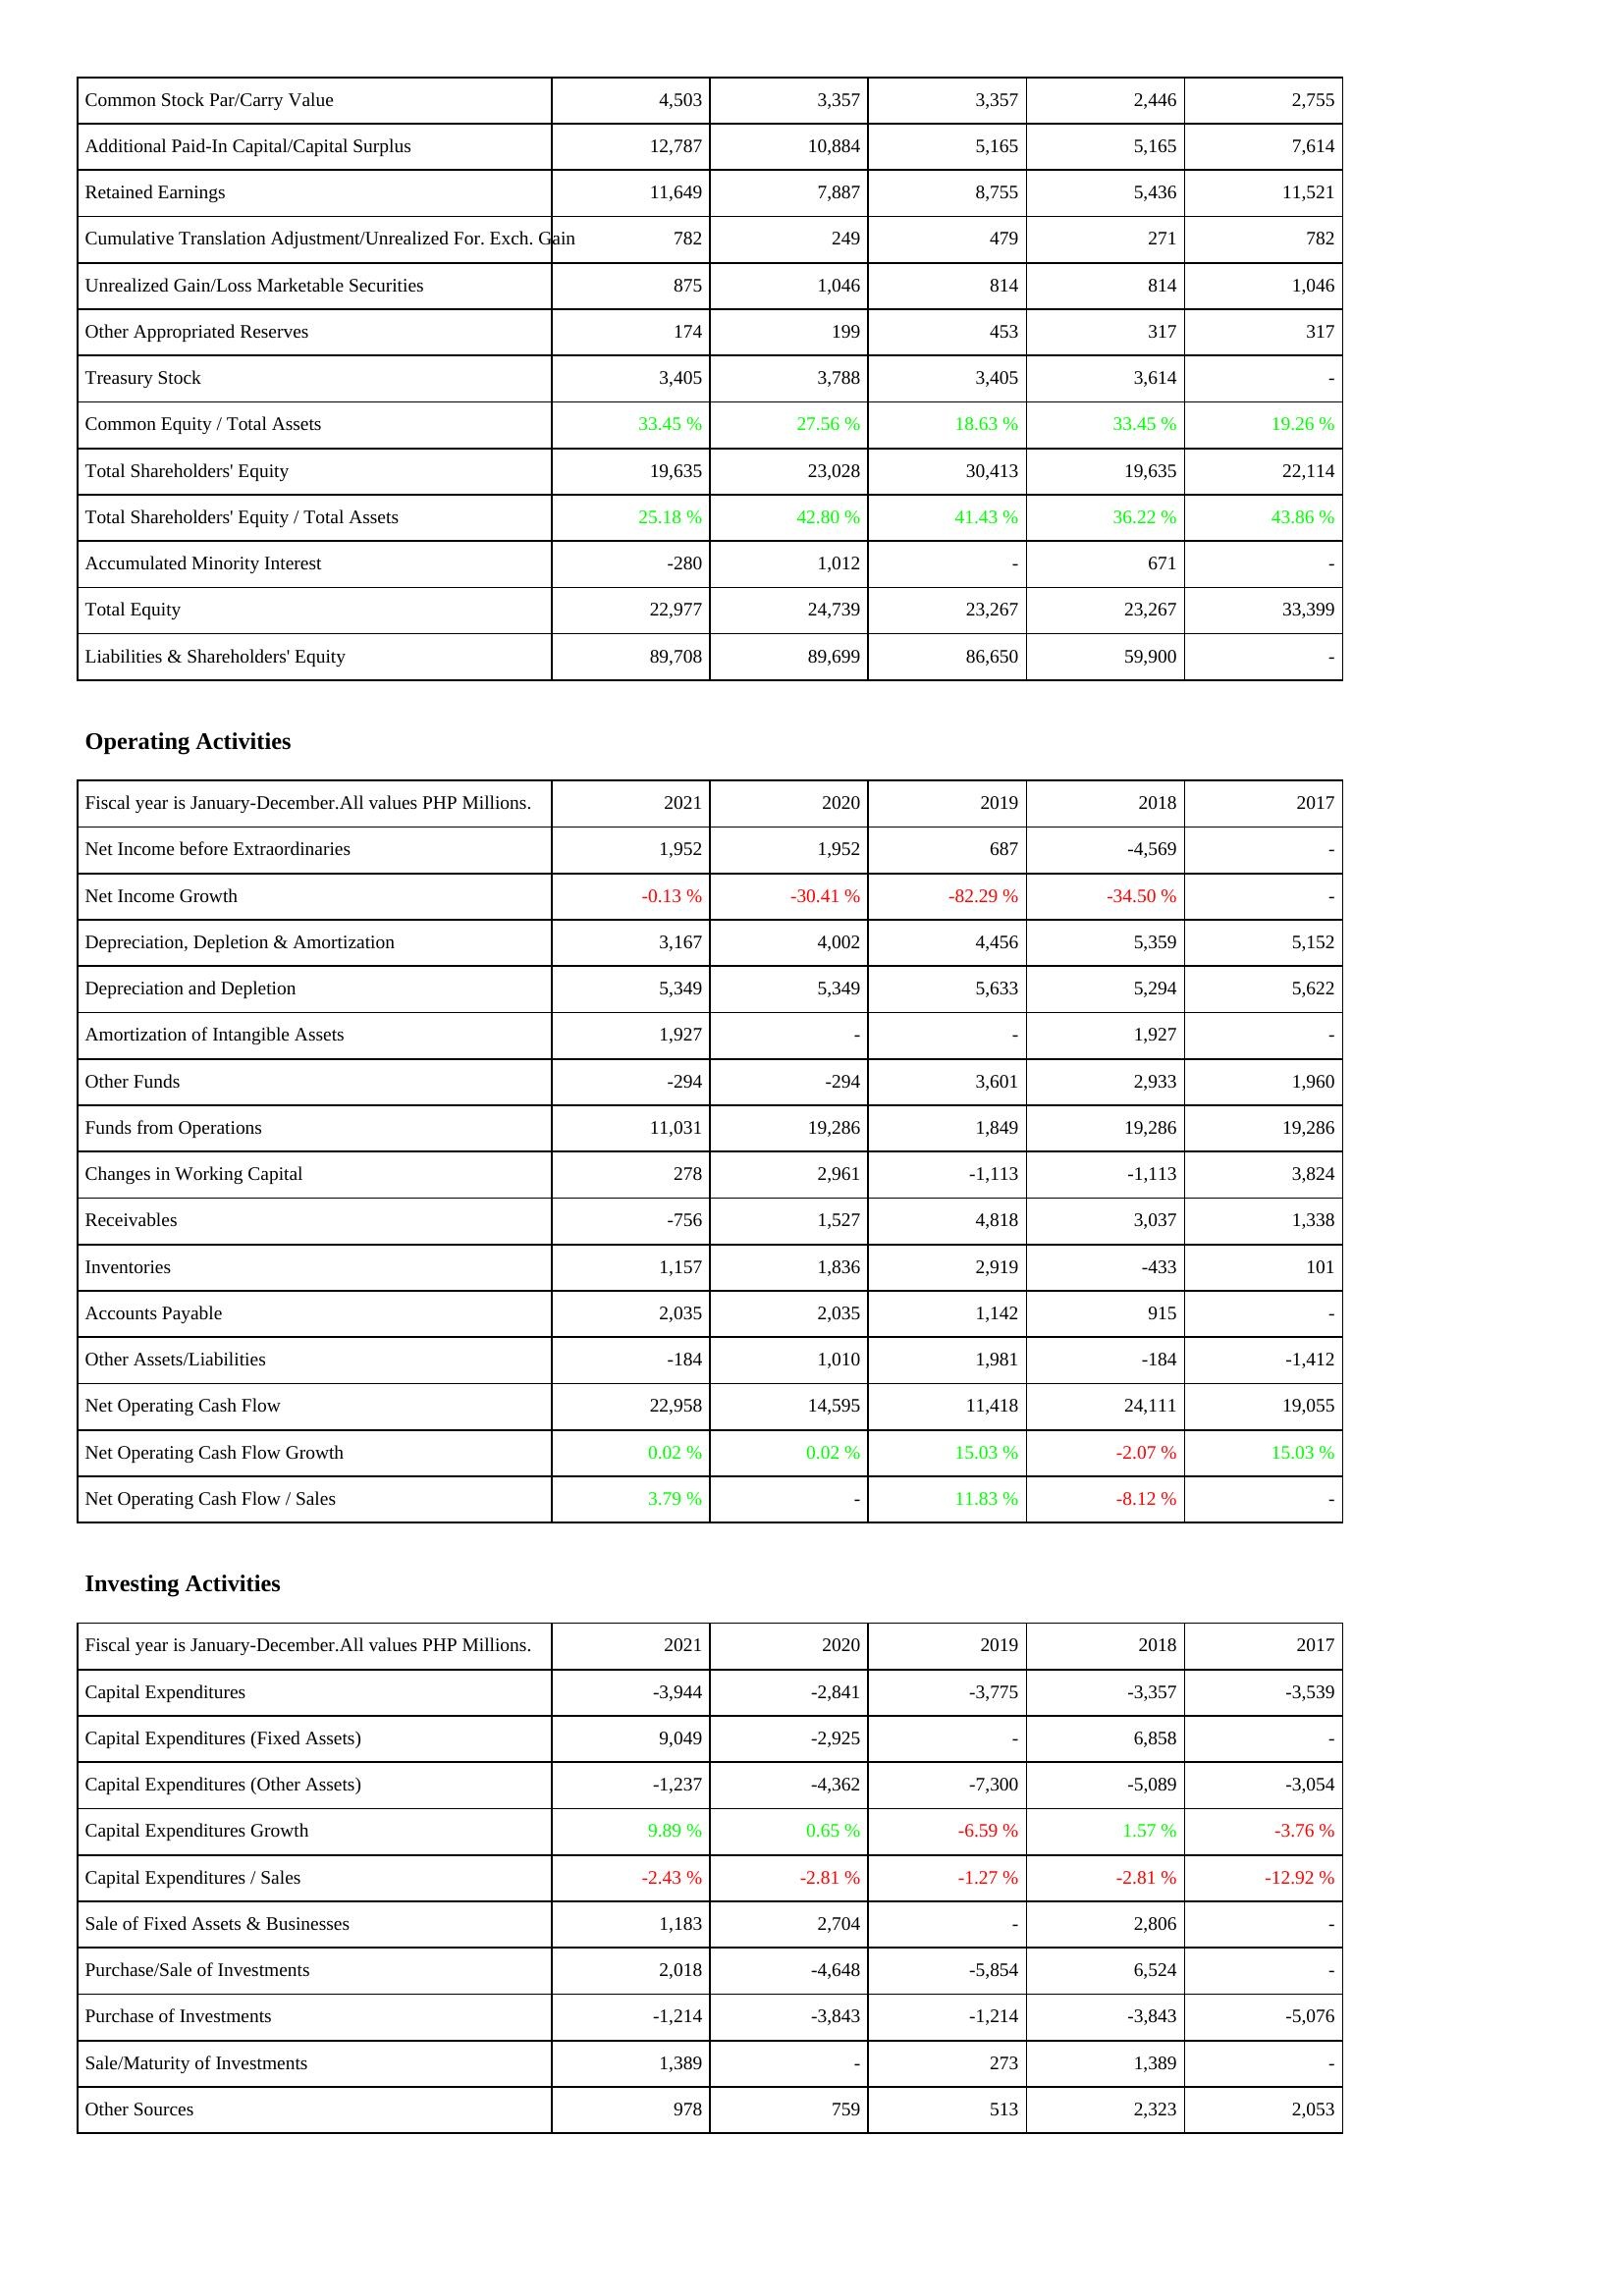
2021: Liabilities & Shareholders' Equity: Common Stock Par/Carry Value: 4,503
Additional Paid-In Capital/Capital Surplus: 12,787
Retained Earnings: 11,649
Cumulative Translation Adjustment/Unrealized For. Exch. Gain: 782
Unrealized Gain/Loss Marketable Securities: 875
Other Appropriated Reserves: 174
Treasury Stock: 3,405
Common Equity / Total Assets: 33.45 %
Total Shareholders' Equity: 19,635
Total Shareholders' Equity / Total Assets: 25.18 %
Accumulated Minority Interest: -280
Total Equity: 22,977
Liabilities & Shareholders' Equity: 89,708
Operating Activities: Net Income before Extraordinaries: 1,952
Net Income Growth: -0.13 %
Depreciation, Depletion & Amortization: 3,167
Depreciation and Depletion: 5,349
Amortization of Intangible Assets: 1,927
Other Funds: -294
Funds from Operations: 11,031
Changes in Working Capital: 278
Receivables: -756
Inventories: 1,157
Accounts Payable: 2,035
Other Assets/Liabilities: -184
Net Operating Cash Flow: 22,958
Net Operating Cash Flow Growth: 0.02 %
Net Operating Cash Flow / Sales: 3.79 %
Investing Activities: Capital Expenditures: -3,944
Capital Expenditures (Fixed Assets): 9,049
Capital Expenditures (Other Assets): -1,237
Capital Expenditures Growth: 9.89 %
Capital Expenditures / Sales: -2.43 %
Sale of Fixed Assets & Businesses: 1,183
Purchase/Sale of Investments: 2,018
Purchase of Investments: -1,214
Sale/Maturity of Investments: 1,389
Other Sources: 978
2020: Liabilities & Shareholders' Equity: Common Stock Par/Carry Value: 3,357
Additional Paid-In Capital/Capital Surplus: 10,884
Retained Earnings: 7,887
Cumulative Translation Adjustment/Unrealized For. Exch. Gain: 249
Unrealized Gain/Loss Marketable Securities: 1,046
Other Appropriated Reserves: 199
Treasury Stock: 3,788
Common Equity / Total Assets: 27.56 %
Total Shareholders' Equity: 23,028
Total Shareholders' Equity / Total Assets: 42.80 %
Accumulated Minority Interest: 1,012
Total Equity: 24,739
Liabilities & Shareholders' Equity: 89,699
Operating Activities: Net Income before Extraordinaries: 1,952
Net Income Growth: -30.41 %
Depreciation, Depletion & Amortization: 4,002
Depreciation and Depletion: 5,349
Amortization of Intangible Assets: -
Other Funds: -294
Funds from Operations: 19,286
Changes in Working Capital: 2,961
Receivables: 1,527
Inventories: 1,836
Accounts Payable: 2,035
Other Assets/Liabilities: 1,010
Net Operating Cash Flow: 14,595
Net Operating Cash Flow Growth: 0.02 %
Net Operating Cash Flow / Sales: -
Investing Activities: Capital Expenditures: -2,841
Capital Expenditures (Fixed Assets): -2,925
Capital Expenditures (Other Assets): -4,362
Capital Expenditures Growth: 0.65 %
Capital Expenditures / Sales: -2.81 %
Sale of Fixed Assets & Businesses: 2,704
Purchase/Sale of Investments: -4,648
Purchase of Investments: -3,843
Sale/Maturity of Investments: -
Other Sources: 759
2019: Liabilities & Shareholders' Equity: Common Stock Par/Carry Value: 3,357
Additional Paid-In Capital/Capital Surplus: 5,165
Retained Earnings: 8,755
Cumulative Translation Adjustment/Unrealized For. Exch. Gain: 479
Unrealized Gain/Loss Marketable Securities: 814
Other Appropriated Reserves: 453
Treasury Stock: 3,405
Common Equity / Total Assets: 18.63 %
Total Shareholders' Equity: 30,413
Total Shareholders' Equity / Total Assets: 41.43 %
Accumulated Minority Interest: -
Total Equity: 23,267
Liabilities & Shareholders' Equity: 86,650
Operating Activities: Net Income before Extraordinaries: 687
Net Income Growth: -82.29 %
Depreciation, Depletion & Amortization: 4,456
Depreciation and Depletion: 5,633
Amortization of Intangible Assets: -
Other Funds: 3,601
Funds from Operations: 1,849
Changes in Working Capital: -1,113
Receivables: 4,818
Inventories: 2,919
Accounts Payable: 1,142
Other Assets/Liabilities: 1,981
Net Operating Cash Flow: 11,418
Net Operating Cash Flow Growth: 15.03 %
Net Operating Cash Flow / Sales: 11.83 %
Investing Activities: Capital Expenditures: -3,775
Capital Expenditures (Fixed Assets): -
Capital Expenditures (Other Assets): -7,300
Capital Expenditures Growth: -6.59 %
Capital Expenditures / Sales: -1.27 %
Sale of Fixed Assets & Businesses: -
Purchase/Sale of Investments: -5,854
Purchase of Investments: -1,214
Sale/Maturity of Investments: 273
Other Sources: 513
2018: Liabilities & Shareholders' Equity: Common Stock Par/Carry Value: 2,446
Additional Paid-In Capital/Capital Surplus: 5,165
Retained Earnings: 5,436
Cumulative Translation Adjustment/Unrealized For. Exch. Gain: 271
Unrealized Gain/Loss Marketable Securities: 814
Other Appropriated Reserves: 317
Treasury Stock: 3,614
Common Equity / Total Assets: 33.45 %
Total Shareholders' Equity: 19,635
Total Shareholders' Equity / Total Assets: 36.22 %
Accumulated Minority Interest: 671
Total Equity: 23,267
Liabilities & Shareholders' Equity: 59,900
Operating Activities: Net Income before Extraordinaries: -4,569
Net Income Growth: -34.50 %
Depreciation, Depletion & Amortization: 5,359
Depreciation and Depletion: 5,294
Amortization of Intangible Assets: 1,927
Other Funds: 2,933
Funds from Operations: 19,286
Changes in Working Capital: -1,113
Receivables: 3,037
Inventories: -433
Accounts Payable: 915
Other Assets/Liabilities: -184
Net Operating Cash Flow: 24,111
Net Operating Cash Flow Growth: -2.07 %
Net Operating Cash Flow / Sales: -8.12 %
Investing Activities: Capital Expenditures: -3,357
Capital Expenditures (Fixed Assets): 6,858
Capital Expenditures (Other Assets): -5,089
Capital Expenditures Growth: 1.57 %
Capital Expenditures / Sales: -2.81 %
Sale of Fixed Assets & Businesses: 2,806
Purchase/Sale of Investments: 6,524
Purchase of Investments: -3,843
Sale/Maturity of Investments: 1,389
Other Sources: 2,323
2017: Liabilities & Shareholders' Equity: Common Stock Par/Carry Value: 2,755
Additional Paid-In Capital/Capital Surplus: 7,614
Retained Earnings: 11,521
Cumulative Translation Adjustment/Unrealized For. Exch. Gain: 782
Unrealized Gain/Loss Marketable Securities: 1,046
Other Appropriated Reserves: 317
Treasury Stock: -
Common Equity / Total Assets: 19.26 %
Total Shareholders' Equity: 22,114
Total Shareholders' Equity / Total Assets: 43.86 %
Accumulated Minority Interest: -
Total Equity: 33,399
Liabilities & Shareholders' Equity: -
Operating Activities: Net Income before Extraordinaries: -
Net Income Growth: -
Depreciation, Depletion & Amortization: 5,152
Depreciation and Depletion: 5,622
Amortization of Intangible Assets: -
Other Funds: 1,960
Funds from Operations: 19,286
Changes in Working Capital: 3,824
Receivables: 1,338
Inventories: 101
Accounts Payable: -
Other Assets/Liabilities: -1,412
Net Operating Cash Flow: 19,055
Net Operating Cash Flow Growth: 15.03 %
Net Operating Cash Flow / Sales: -
Investing Activities: Capital Expenditures: -3,539
Capital Expenditures (Fixed Assets): -
Capital Expenditures (Other Assets): -3,054
Capital Expenditures Growth: -3.76 %
Capital Expenditures / Sales: -12.92 %
Sale of Fixed Assets & Businesses: -
Purchase/Sale of Investments: -
Purchase of Investments: -5,076
Sale/Maturity of Investments: -
Other Sources: 2,053